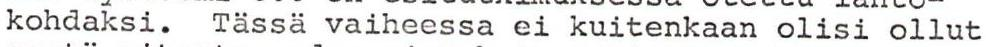
kohdaksi. Tässä vaiheessa ei kuitenkaan olisi ollut